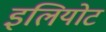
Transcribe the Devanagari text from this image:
इलियोट